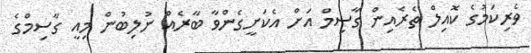
ވެރިކަމުގެ ކޮއިިލް ތެރެއިން ގާސިމް އަށް އެކަށީގެންވާ ބާރެއް ނުލިބުން މިއީ ގާސިމްގެ